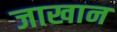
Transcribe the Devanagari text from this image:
जाखान